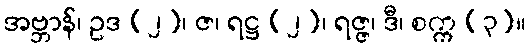
အဗ္ဘာန်၊ ဥဒ (၂)၊ ဇ၊ ရဋ္ဌ (၂)၊ ရဇ္ဇ၊ ဒီ၊ စက္က (၃)။